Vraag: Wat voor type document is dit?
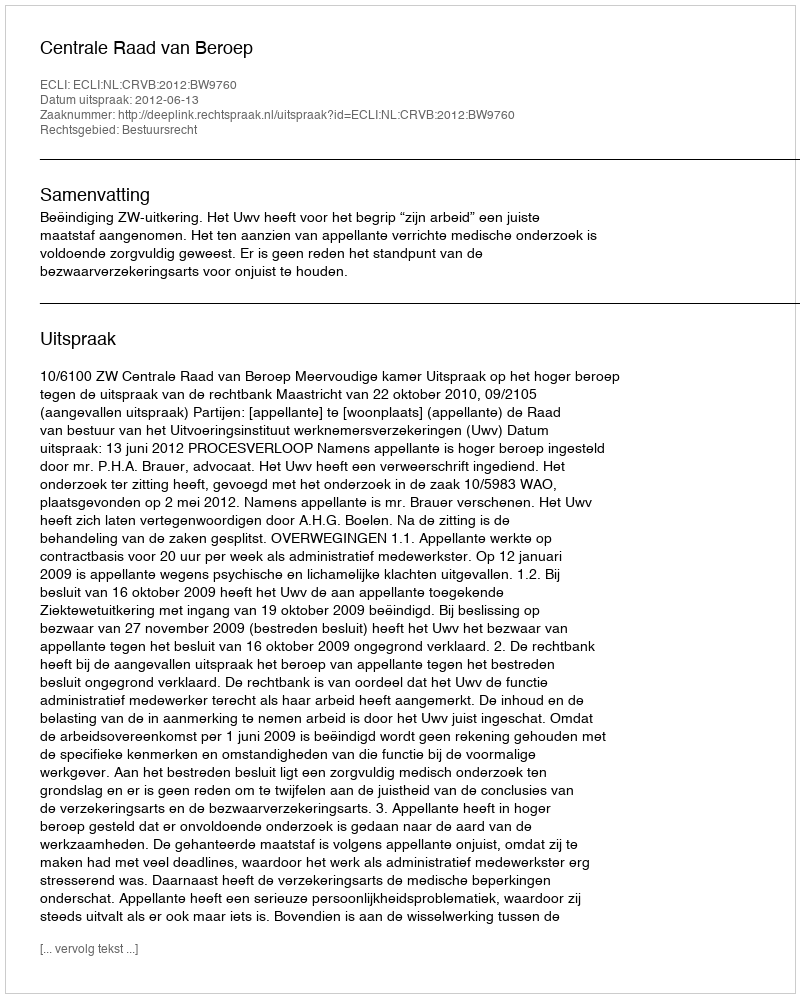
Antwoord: Uitspraak